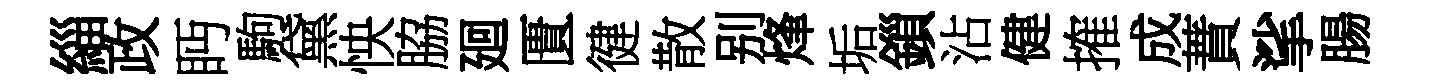
緇政眄駒黛怏脇廻匱徤散别烽垢鎻沾健搉成蕡挲腸